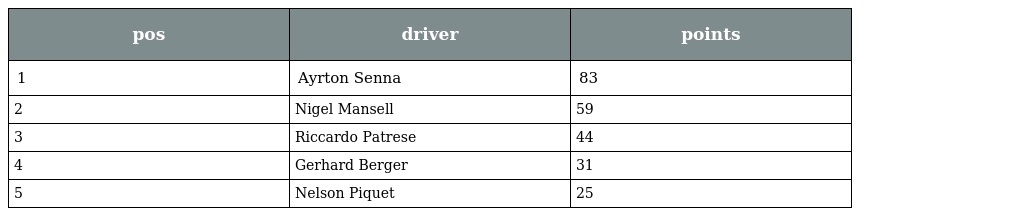
| pos | driver | points |
 | --- | --- | --- |
 | 1 | Ayrton Senna | 83 |
 | 2 | Nigel Mansell | 59 |
 | 3 | Riccardo Patrese | 44 |
 | 4 | Gerhard Berger | 31 |
 | 5 | Nelson Piquet | 25 |